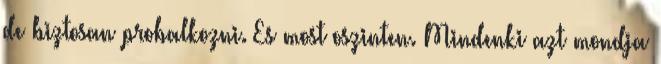
de biztosan probalkozni. Es most oszinten. Mindenki azt mondja